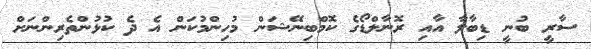
ސާރީ ބުނީ ޑިބާލާ އާއި ރޮނާލްޑޯގެ ކޮމްބިނޭޝަން މުހިންމުކަން އެ ދެ ކުޅުންތެރިންނަށް